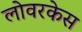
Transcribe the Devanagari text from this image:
लोवरकेस